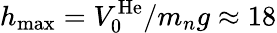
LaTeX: h_{\operatorname*{max}}=V_{0}^{\mathrm{He}}/m_{n}g\approx 18